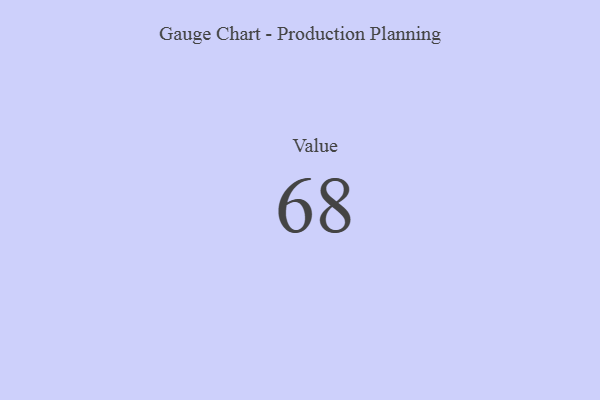
{"axis": {"x": "Metric", "y": "Value"}, "legend": [""], "data": [{"x": "Value", "y": 68, "type": ""}]}